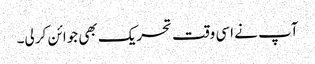
آپ نے اسی وقت تحریک بھی جوائن کر لی۔